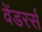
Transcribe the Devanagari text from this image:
वेंडरर्स